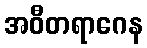
အဝီတရာဂေန